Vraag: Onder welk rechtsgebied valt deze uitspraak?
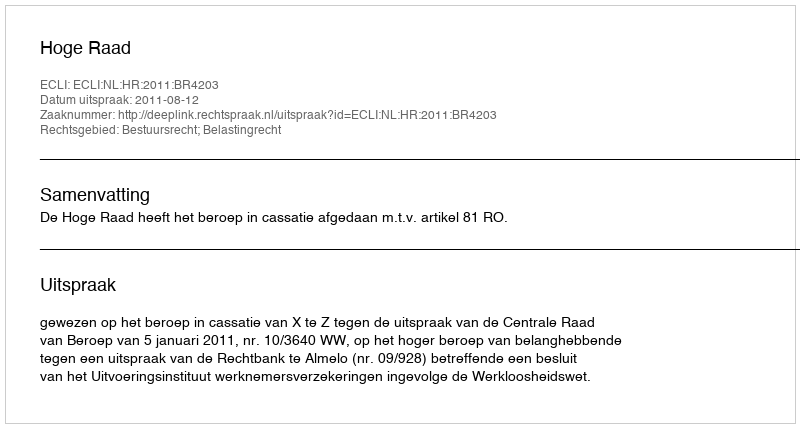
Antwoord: Bestuursrecht; Belastingrecht